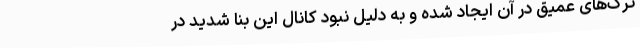
ترک‌های عمیق در آن ایجاد شده و به دلیل نبود کانال این بنا شدید در